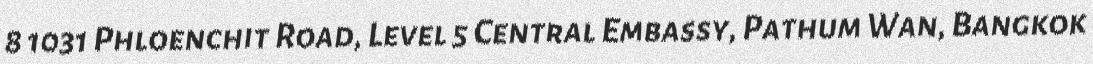
8 1031 Phloenchit Road, Level 5 Central Embassy, Pathum Wan, Bangkok